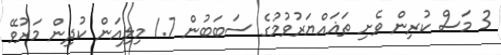
3 މަސް ކުރިން ވެށި ތަޣައްޔަރުވުމުގެ ސަބަބުން 1.7 މިލިއަން ކުދިން މަރުވޭ